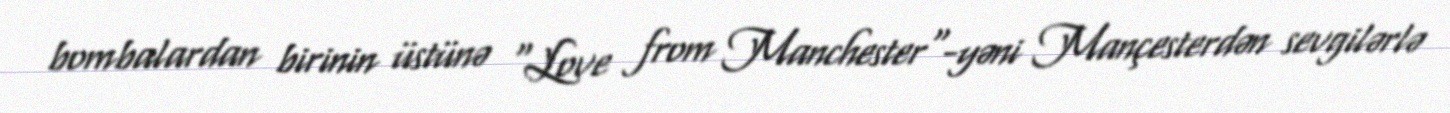
bombalardan birinin üstünə "Love from Manchester"-yəni Mançesterdən sevgilərlə